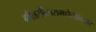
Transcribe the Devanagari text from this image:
गीतसीतारामहोलीविहार